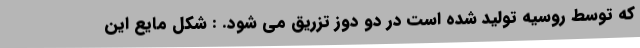
که توسط روسیه تولید شده است در دو دوز تزریق می شود. : شکل مایع این